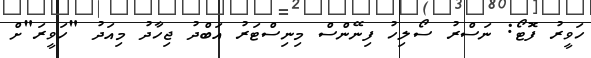
ހަވީރު ފޮޓޯ: ނަސްރު ސޯލިހު ފިނޭންސް މިނިސްޓަރު އަބްދު ޖިހާދު މިއަދު "ހަވީރަ"ށް